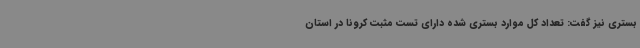
بستری نیز گفت: تعداد کل موارد بستری شده دارای تست مثبت کرونا در استان